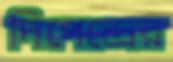
দিপেন্দ্রের